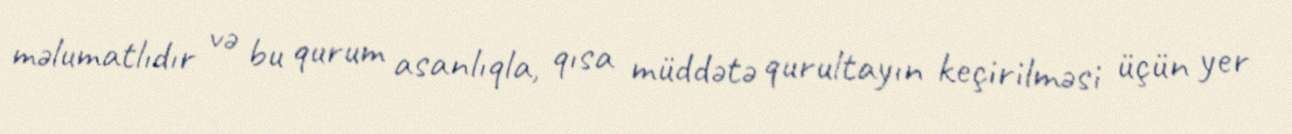
məlumatlıdır və bu qurum asanlıqla, qısa müddətə qurultayın keçirilməsi üçün yer